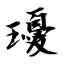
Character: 瓇